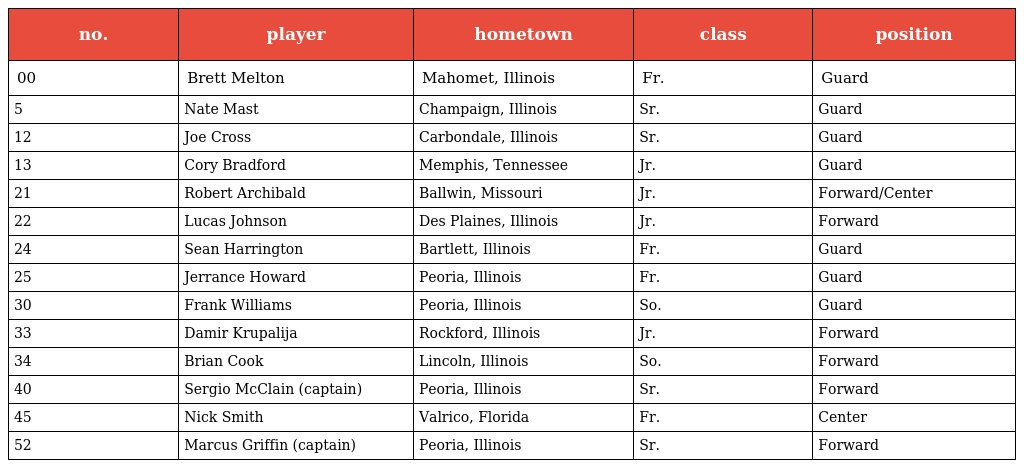
| no. | player | hometown | class | position |
 | --- | --- | --- | --- | --- |
 | 00 | Brett Melton | Mahomet, Illinois | Fr. | Guard |
 | 5 | Nate Mast | Champaign, Illinois | Sr. | Guard |
 | 12 | Joe Cross | Carbondale, Illinois | Sr. | Guard |
 | 13 | Cory Bradford | Memphis, Tennessee | Jr. | Guard |
 | 21 | Robert Archibald | Ballwin, Missouri | Jr. | Forward/Center |
 | 22 | Lucas Johnson | Des Plaines, Illinois | Jr. | Forward |
 | 24 | Sean Harrington | Bartlett, Illinois | Fr. | Guard |
 | 25 | Jerrance Howard | Peoria, Illinois | Fr. | Guard |
 | 30 | Frank Williams | Peoria, Illinois | So. | Guard |
 | 33 | Damir Krupalija | Rockford, Illinois | Jr. | Forward |
 | 34 | Brian Cook | Lincoln, Illinois | So. | Forward |
 | 40 | Sergio McClain (captain) | Peoria, Illinois | Sr. | Forward |
 | 45 | Nick Smith | Valrico, Florida | Fr. | Center |
 | 52 | Marcus Griffin (captain) | Peoria, Illinois | Sr. | Forward |